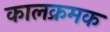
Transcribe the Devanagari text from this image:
कालक्रमक